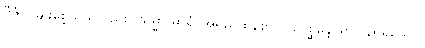
ဗီဇံပိ၊ မျိုးစေ့သည်လည်း။ သမ္မာ ဓာရံ၊ အရည်ထန်စွာ။ ပဝေစ္ဆန္တေ၊ ရွာသည်ရှိသော်။